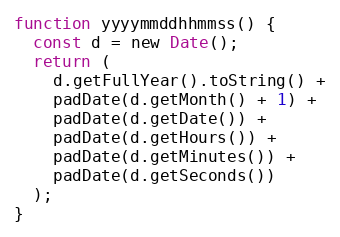
Language: JavaScript
function yyyymmddhhmmss() {
  const d = new Date();
  return (
    d.getFullYear().toString() +
    padDate(d.getMonth() + 1) +
    padDate(d.getDate()) +
    padDate(d.getHours()) +
    padDate(d.getMinutes()) +
    padDate(d.getSeconds())
  );
}